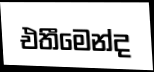
එතීමෙන්ද